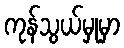
ကုန်သွယ်မှုမှာ